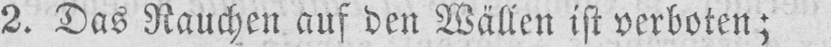
2. Das Rauchen auf den Wällen ist verboten;